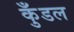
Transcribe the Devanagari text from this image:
कुँडल